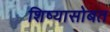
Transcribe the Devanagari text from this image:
शिष्यासोबत